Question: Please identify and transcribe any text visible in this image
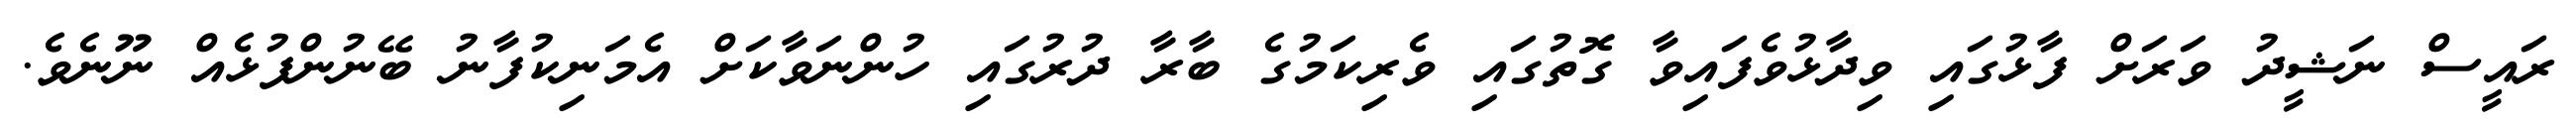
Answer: ރައީސް ނަޝީދު ވަރަށް ފާޅުގައި ވިދާޅުވެފައިވާ ގޮތުގައި ވެރިކަމުގެ ބާރާ ދުރުގައި ހުންނަވާކަށް އެމަނިކުފާނު ބޭނުންފުޅެއް ނޫނެވެ.